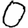
Digit: 0